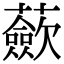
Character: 蘝